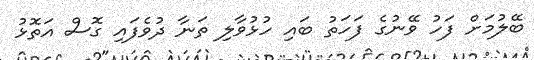
ބޭލުމަށް ފަހު ވޭނުގެ ފަހަތު ބައި ހުޅުވާލި ތަނާ ދުވެފައި ގޮސް އަތޮޅު